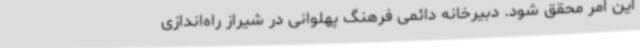
این امر محقق شود. دبیرخانه دائمی فرهنگ پهلوانی در شیراز راه‌اندازی